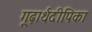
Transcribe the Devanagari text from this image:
गूढ़ार्थदीपिका